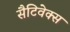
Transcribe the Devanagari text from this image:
सैटिवेक्स